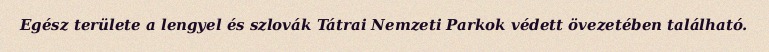
Egész területe a lengyel és szlovák Tátrai Nemzeti Parkok védett övezetében található.